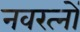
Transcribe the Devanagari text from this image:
नवरत्‍नों